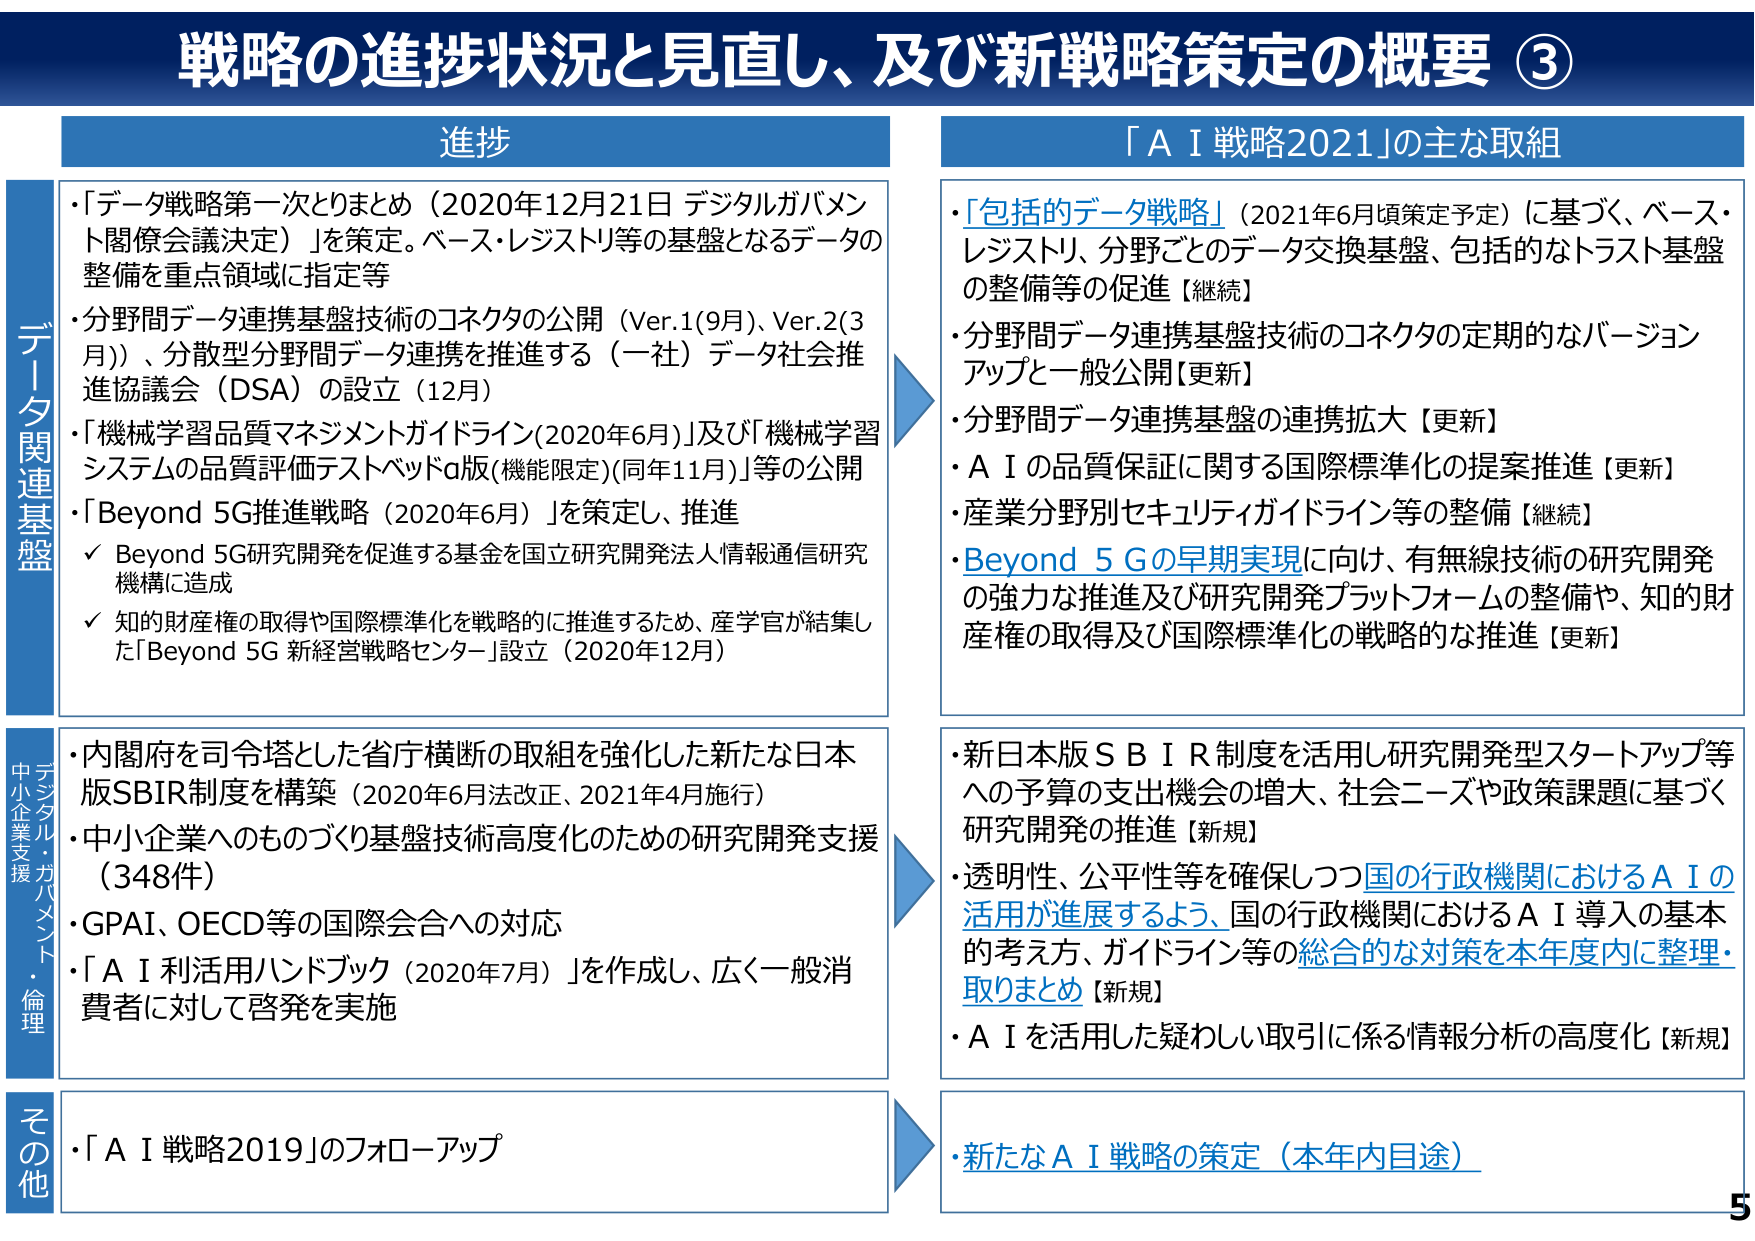
戦略の進捗状況と見直し、及び新戦略策定の概要 ③

進捗

データ関連基盤
・「データ戦略第一次とりまとめ（2020年12月21日 デジタルガバメント閣僚会議決定）」を策定。ベース・レジストリ等の基盤となるデータの整備を重点領域に指定等
・分野間データ連携基盤技術のコネクタの公開（Ver.1(9月)、Ver.2(3月)）、分散型分野間データ連携を推進する（一社）データ社会推進協議会（DSA）の設立（12月）
・「機械学習品質マネジメントガイドライン(2020年6月)」及び「機械学習システムの品質評価テストベッドα版(機能限定)(同年11月)」等の公開
・「Beyond 5G推進戦略（2020年6月）」を策定し、推進
　✓ Beyond 5G研究開発を促進する基金を国立研究開発法人情報通信研究機構に造成
　✓ 知的財産権の取得や国際標準化を戦略的に推進するため、産学官が結集した「Beyond 5G 新経営戦略センター」設立（2020年12月）

デジタル・ガバメント・倫理
中小企業支援
・内閣府を司令塔とした省庁横断の取組を強化した新たな日本版SBIR制度を構築（2020年6月法改正、2021年4月施行）
・中小企業へのものづくり基盤技術高度化のための研究開発支援（348件）
・GPAI、OECD等の国際会合への対応
・「ＡＩ利活用ハンドブック（2020年7月）」を作成し、広く一般消費者に対して啓発を実施

その他
・「ＡＩ戦略2019」のフォローアップ

「ＡＩ戦略2021」の主な取組
・「包括的データ戦略」（2021年6月頃策定予定）に基づく、ベース・レジストリ、分野ごとのデータ交換基盤、包括的なトラスト基盤の整備等の促進【継続】
・分野間データ連携基盤技術のコネクタの定期的なバージョンアップと一般公開【更新】
・分野間データ連携基盤の連携拡大【更新】
・ＡＩの品質保証に関する国際標準化の提案推進【更新】
・産業分野別セキュリティガイドライン等の整備【継続】
・Beyond 5Gの早期実現に向け、有無線技術の研究開発の強力な推進及び研究開発プラットフォームの整備や、知的財産権の取得及び国際標準化の戦略的な推進【更新】

・新日本版ＳＢＩＲ制度を活用し研究開発型スタートアップ等への予算の支出機会の増大、社会ニーズや政策課題に基づく研究開発の推進【新規】
・透明性、公平性等を確保しつつ国の行政機関におけるＡＩの活用が進展するよう、国の行政機関におけるＡＩ導入の基本的考え方、ガイドライン等の総合的な対策を本年度内に整理・取りまとめ【新規】
・ＡＩを活用した疑わしい取引に係る情報分析の高度化【新規】

・新たなＡＩ戦略の策定（本年内目途）

5